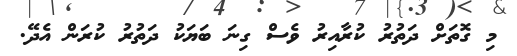
މި ގޮތަށް ދަތުރު ކުރާއިރު ވެސް ގިނަ ބަޔަކު ދަތުރު ކުރަން އެދޭ.